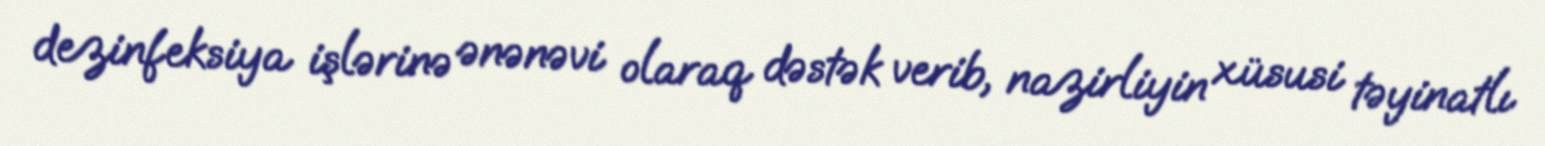
dezinfeksiya işlərinə ənənəvi olaraq dəstək verib, nazirliyin xüsusi təyinatlı